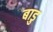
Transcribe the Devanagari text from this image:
बाडु